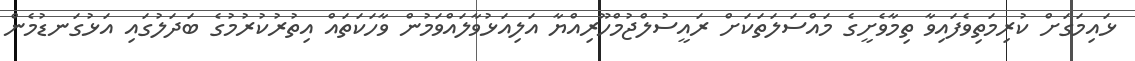
ޅައިމަގަށް ކުރިމަތިވެފައިވާ ތިމާވެށީގެ މައްސަލަތަކަށް ރައީސުލްޖުމްހޫރިއްޔާ އަލިއަޅުވާލައްވަމުން ވާހަކަތައް އިތުރުކުރުމުގެ ބަދަލުގައި އަޅުގަނޑުމެން